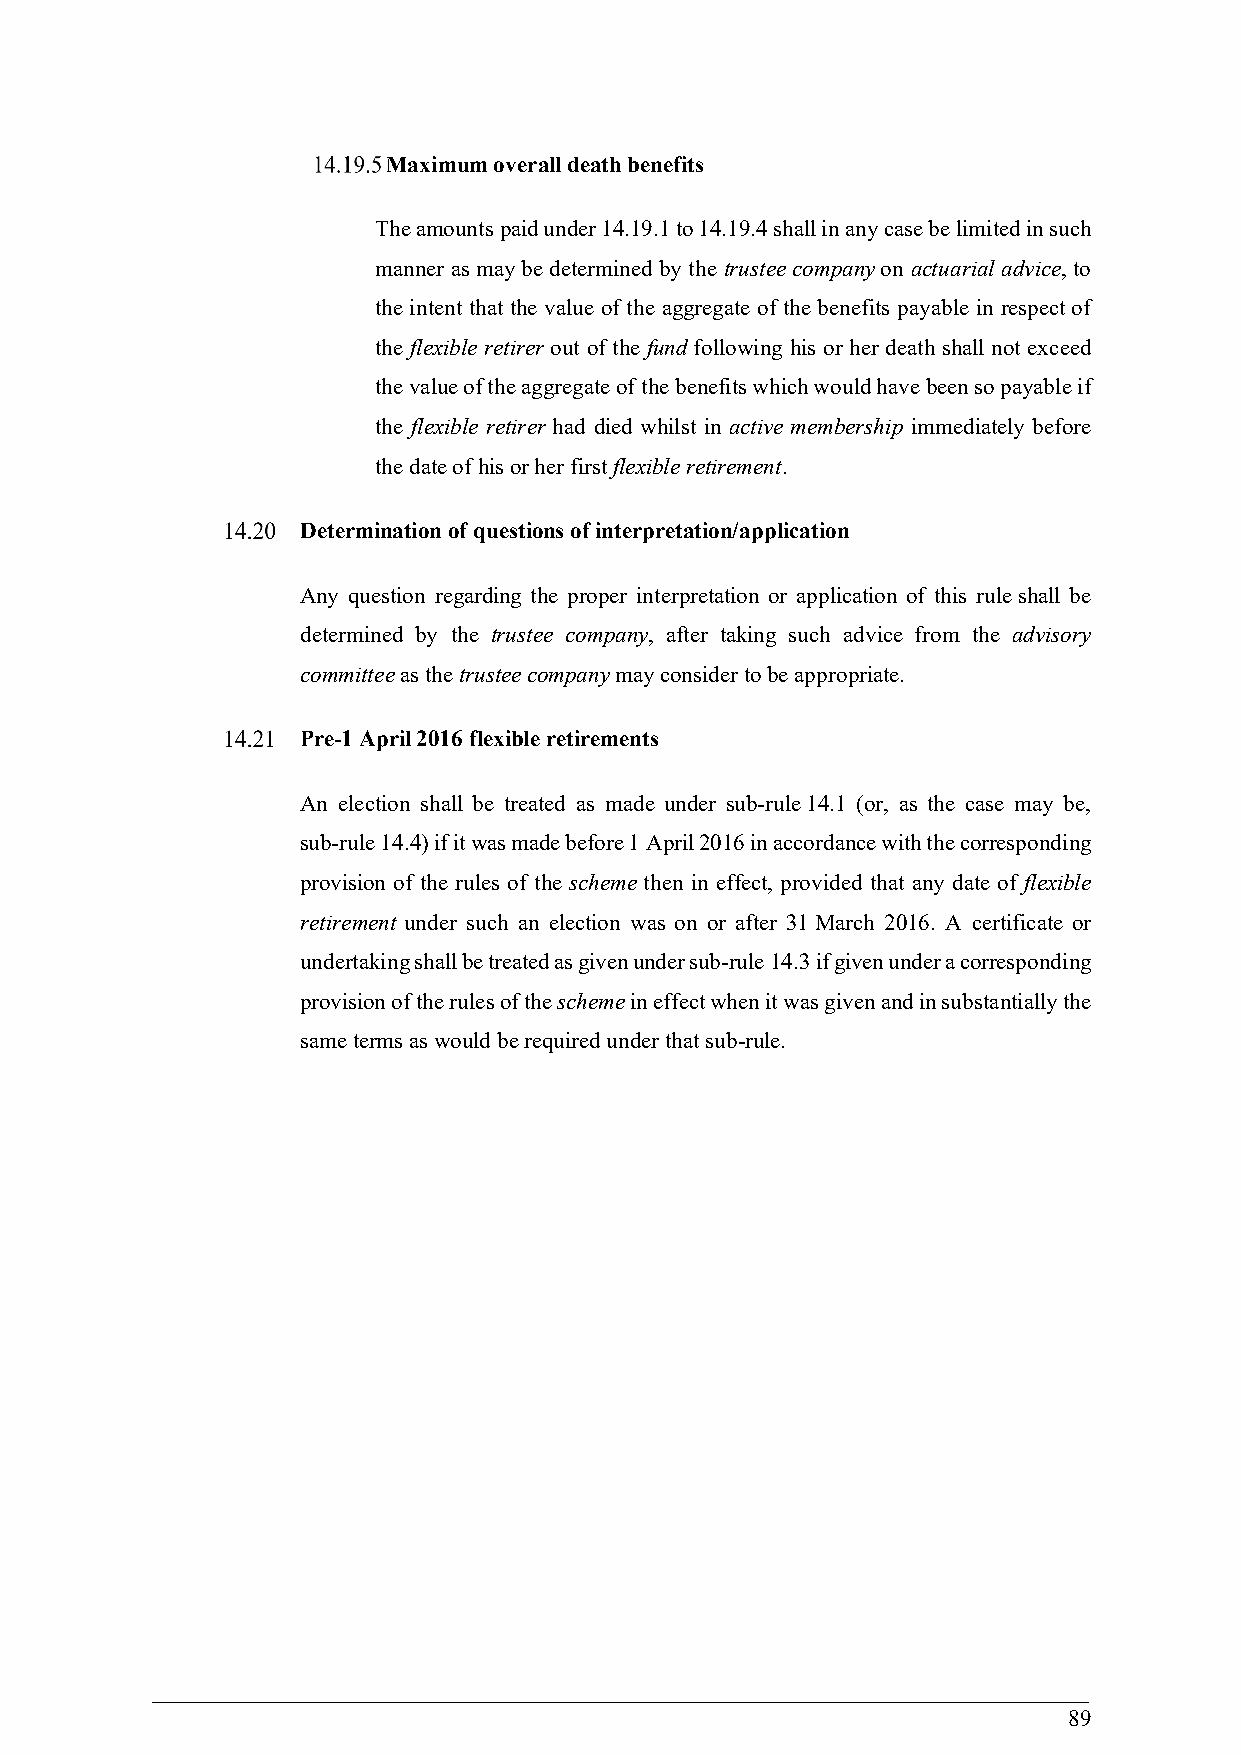
Maximum overall death benefits
 The amounts paid under 14.19.1 to 14.19.4 shall in any case be limited in such
 manner as may be determined by the trustee company on actuarial advice, to
 the intent that the value of the aggregate of the benefits payable in respect of
 the flexible retirer out of the fund following his or her death shall not exceed
 the value of the aggregate of the benefits which would have been so payable if
 the flexible retirer had died whilst in active membership immediately before
 the date of his or her first flexible retirement.
 Determination of questions of interpretation/application
 Any question regarding the proper interpretation or application of this rule shall be
 determined by the trustee company, after taking such advice from the advisory
 committee as the trustee company may consider to be appropriate.
 Pre-1 April 2016 flexible retirements
 An election shall be treated as made under sub-rule 14.1 (or, as the case may be,
 sub-rule 14.4) if it was made before 1 April 2016 in accordance with the corresponding
 provision of the rules of the scheme then in effect, provided that any date of flexible
 retirement under such an election was on or after 31 March 2016. A certificate or
 undertaking shall be treated as given under sub-rule 14.3 if given under a corresponding
 provision of the rules of the scheme in effect when it was given and in substantially the
 same terms as would be required under that sub-rule.
 89